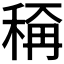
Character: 𬓭